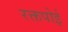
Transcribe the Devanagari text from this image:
रक्तपोई